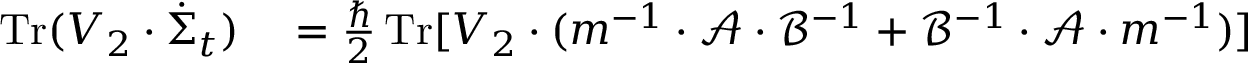
\begin{array} { r l } { \operatorname { T r } ( V _ { 2 } \cdot \dot { \Sigma } _ { t } ) } & { { } = \frac { \hbar } { 2 } \operatorname { T r } [ V _ { 2 } \cdot ( m ^ { - 1 } \cdot \mathcal { A } \cdot \mathcal { B } ^ { - 1 } + \mathcal { B } ^ { - 1 } \cdot \mathcal { A } \cdot m ^ { - 1 } ) ] } \end{array}